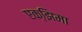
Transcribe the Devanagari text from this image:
एक्झिमा